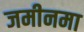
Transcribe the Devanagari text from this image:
जमीनमा